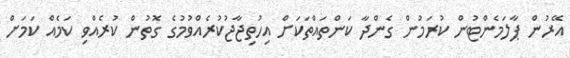
އޭރުން ޕާލަމެންޓުން ކުރަމުން ގެންދާ ކަންތައްތަކަށް އިހުތިޖާޖުކުރެއްވުމުގެ ގޮތުން ކުރެއްވި ކަމެއް ކަމަށް